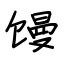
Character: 馒